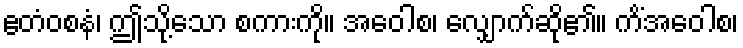
ဧတံဝစနံ၊ ဤသို့သော စကားကို။ အဝေါစ၊ လျှောက်ဆို၏။ ကိံအဝေါစ၊